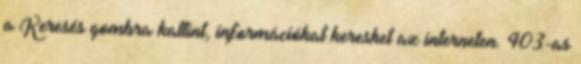
a Keresés gombra kattint, információkat kereshet az interneten. 403-as